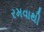
રમવાથી